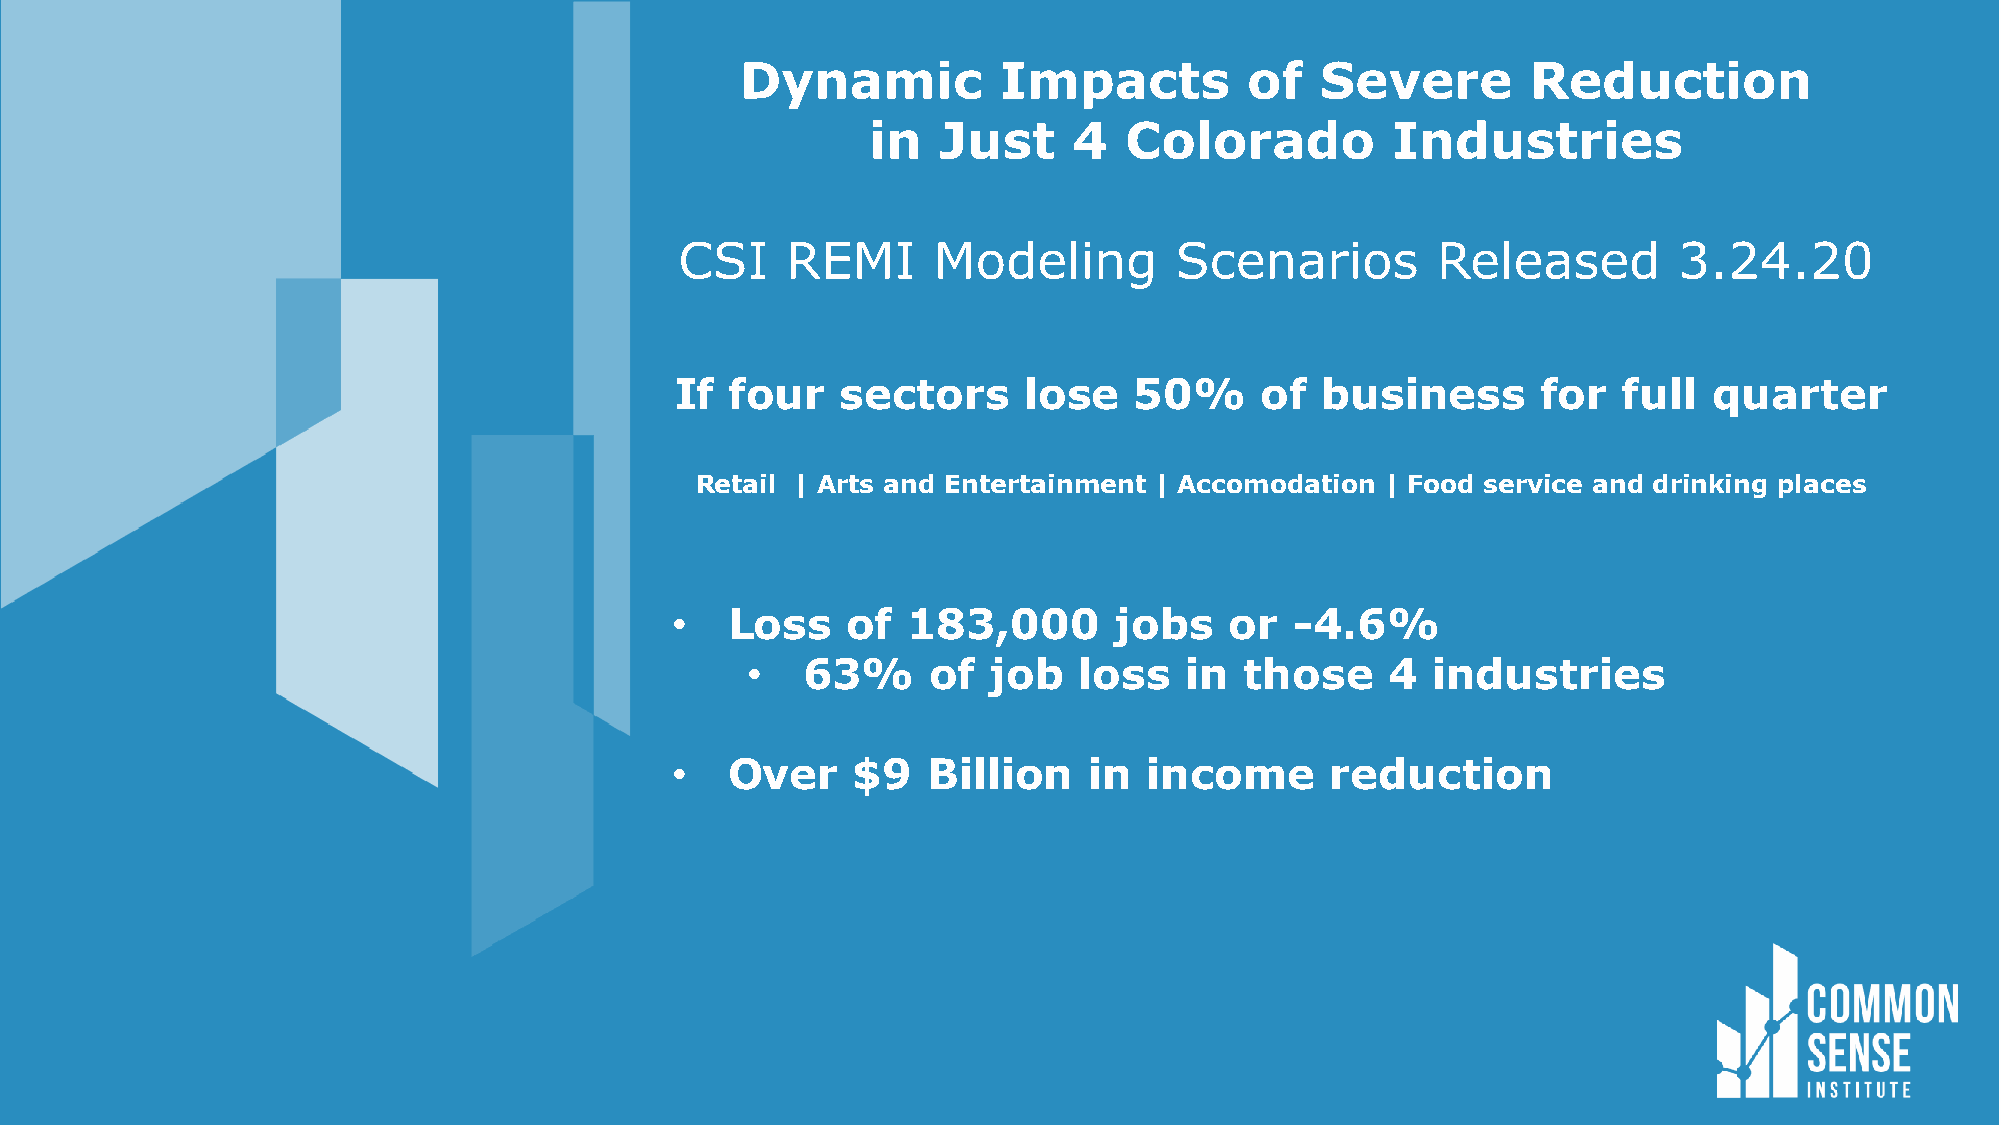
Dynamic          Impacts          of  Severe        Reduction
 in  Just     4  Colorado          Industries
 CSI    REMI      Modeling        Scenarios        Released        3.24.20
 If four    sectors     lose   50%     of  business       for  full  quarter
 Retail | Arts and Entertainment | Accomodation | Food service and drinking places
 •   Loss    of  183,000       jobs   or   -4.6%
 •   63%      of  job  loss   in  those     4  industries
 •   Over    $9   Billion    in  income      reduction